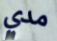
مدي